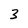
Character: 3